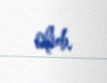
olub.